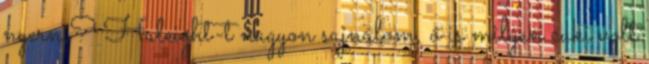
nyerni? Haleight-t nagyon sajnálom, ő is milyen cuki volt